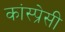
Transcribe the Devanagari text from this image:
कांस्प्रेसी